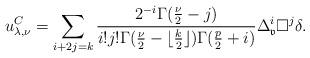
LaTeX: \begin{align*} u^C_{\lambda,\nu} = \sum_{i+2j=k} \frac{2^{-i}\Gamma(\frac{\nu}{2}-j)}{i!j!\Gamma(\frac{\nu}{2}-\lfloor\frac{k}{2}\rfloor)\Gamma(\frac{p}{2}+i)} \Delta_{\mathfrak{v}}^i \square^j\delta.\end{align*}